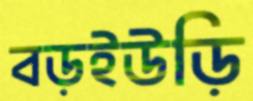
বড়ইউড়ি